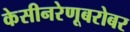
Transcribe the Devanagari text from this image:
केसीनरेणूबरोबर